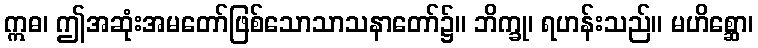
ဣဓ၊ ဤအဆုံးအမတော်ဖြစ်သောသာသနာတော်၌။ ဘိက္ခု၊ ရဟန်းသည်။ မဟိစ္ဆော၊